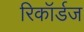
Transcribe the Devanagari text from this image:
रिकॉर्डज